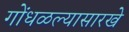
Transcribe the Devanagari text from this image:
गोंधळल्यासारखे